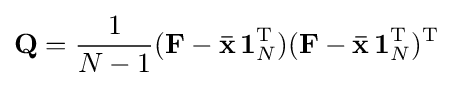
\mathbf {Q} ={\frac {1}{N-1}}(\mathbf {F} -\mathbf {\bar {x}} \,\mathbf {1} _{N}^{\mathrm {T} })(\mathbf {F} -\mathbf {\bar {x}} \,\mathbf {1} _{N}^{\mathrm {T} })^{\mathrm {T} }